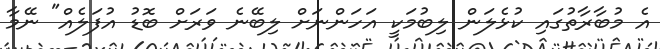
އެ މުބާރާތުގައި ކުޅެލަން ލިބުމަކީ އަހަންނަށް ލިބޭނެ ވަރަށް ބޮޑު އުފަލެއް" ނޭމާ